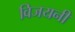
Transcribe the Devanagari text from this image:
विजयनी